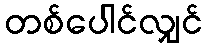
တစ်ပေါင်လျှင်